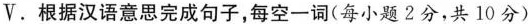
V.根据汉语意思完成句子，每空一词（每小题2分，共10分）